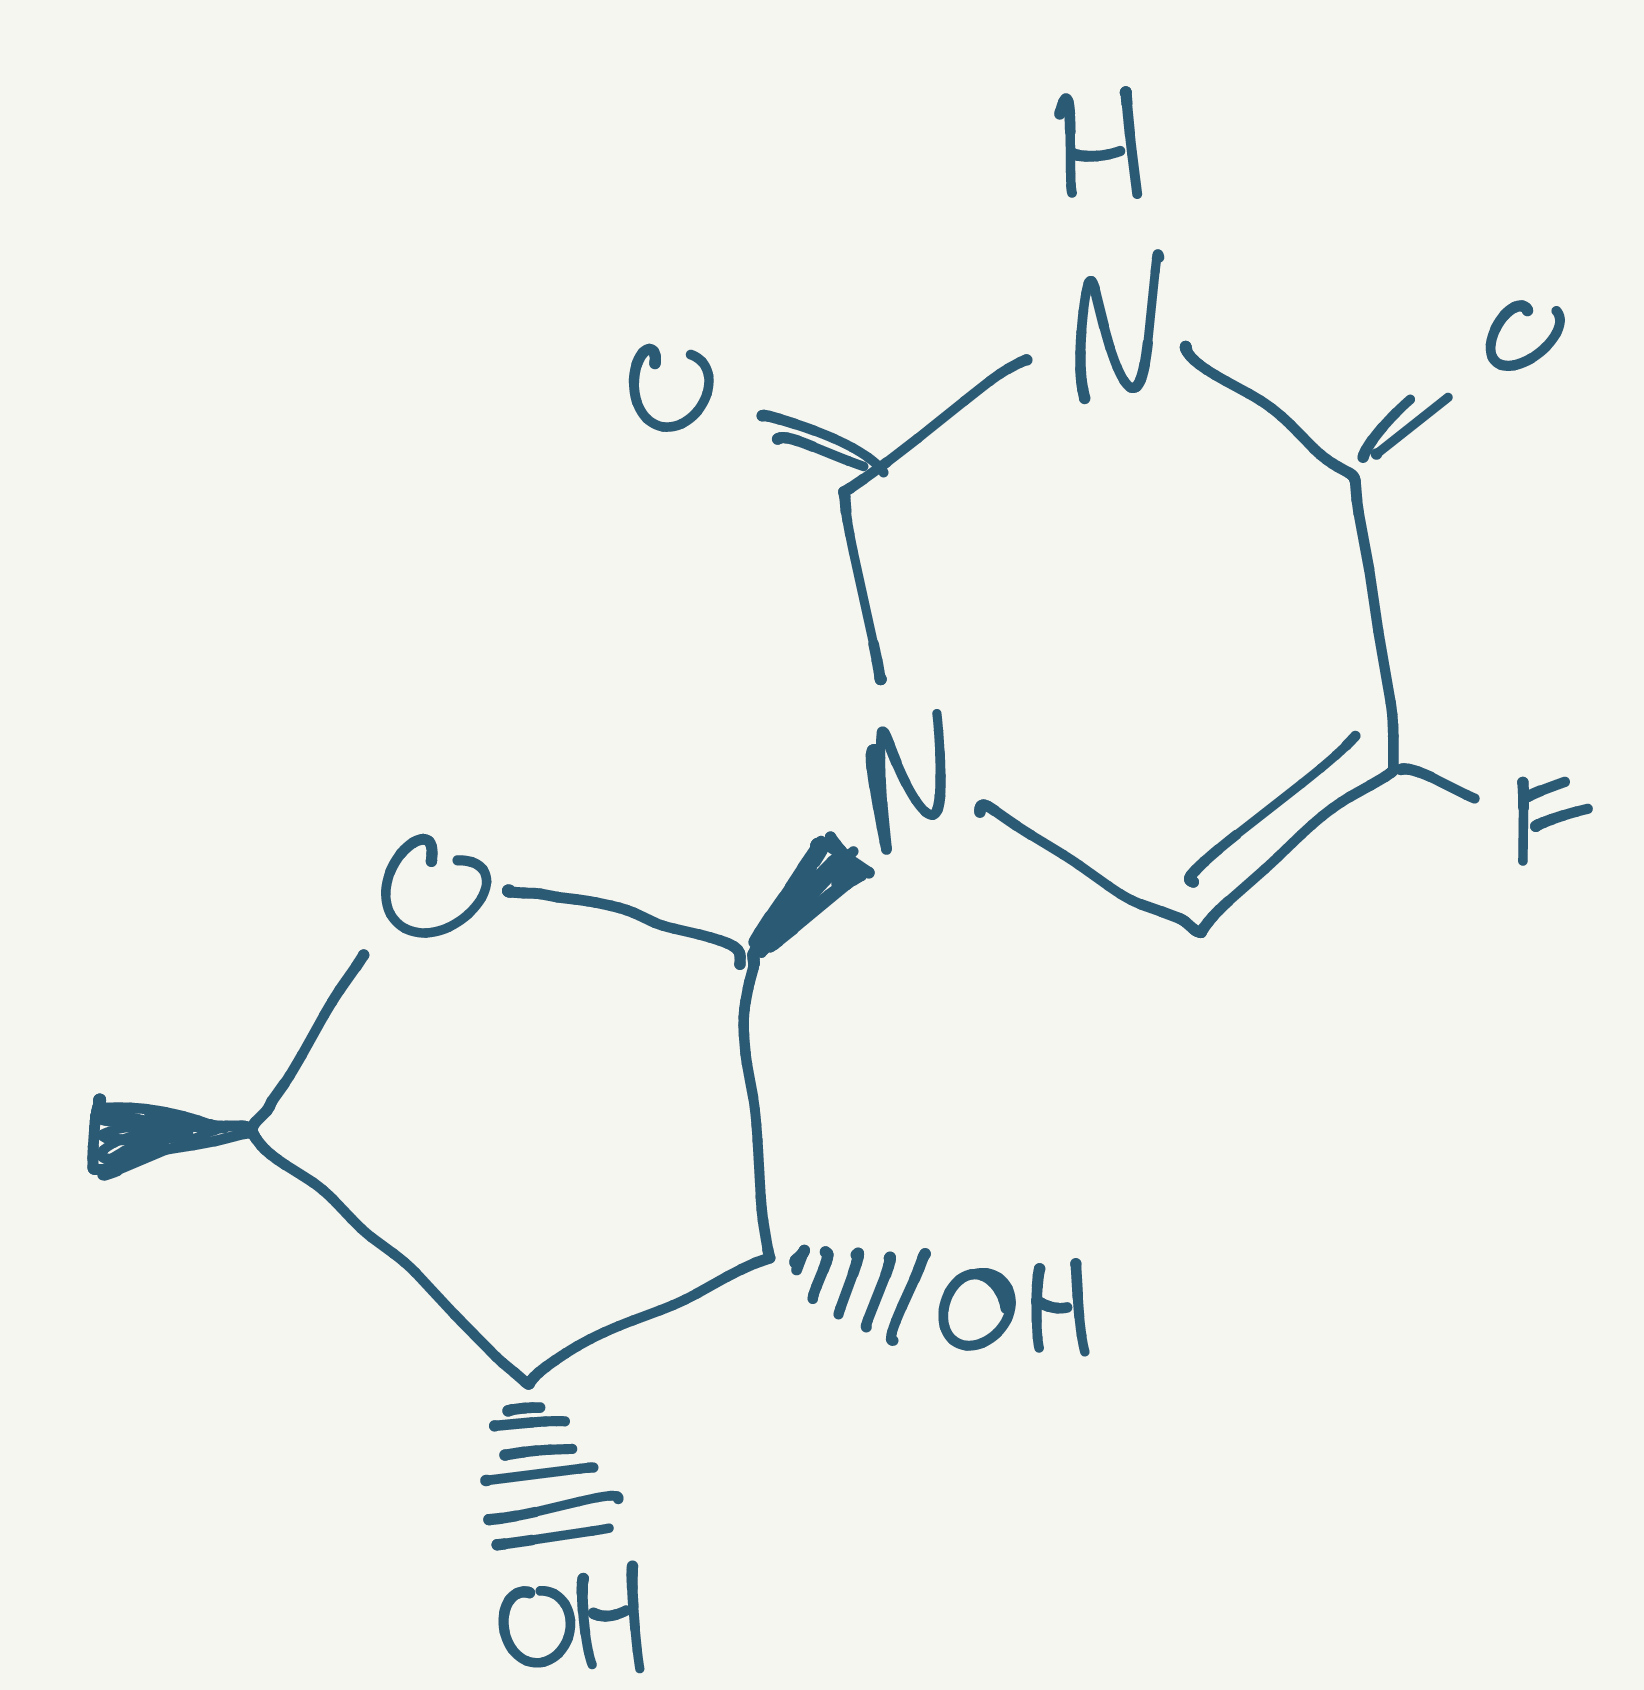
Simplified molecular-input line-entry system (SMILES) notation of the given molecule:
C[C@@H]1[C@H]([C@H]([C@@H](O1)N2C=C(C(=O)NC2=O)F)O)O